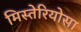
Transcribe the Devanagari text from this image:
मिस्तेरियोसा